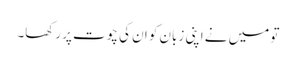
تو میں نے اپنی زبان کو ان کی چوت پر رکھا۔